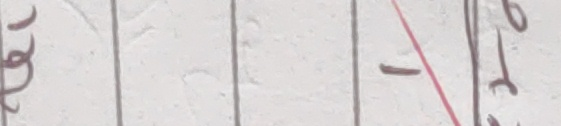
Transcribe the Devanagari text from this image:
रि